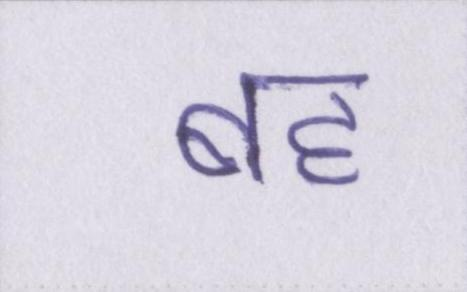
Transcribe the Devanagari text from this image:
बह